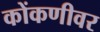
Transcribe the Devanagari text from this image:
कोंकणीवर